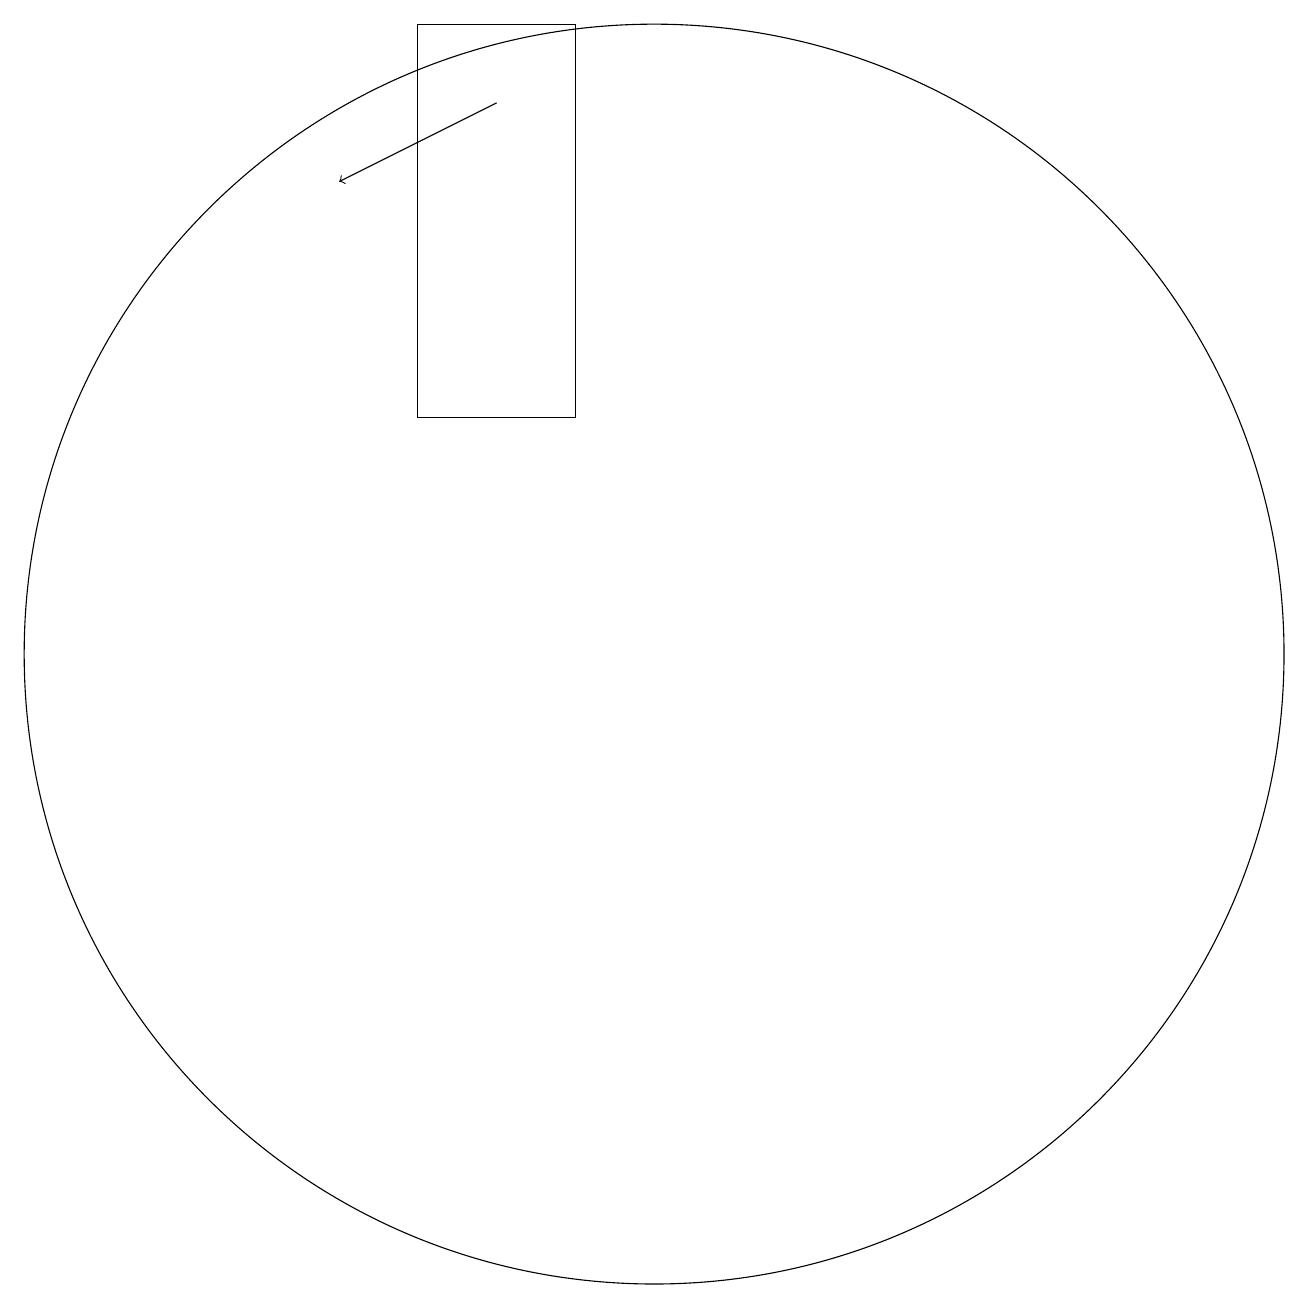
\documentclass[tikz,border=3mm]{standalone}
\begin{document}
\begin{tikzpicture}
\draw[->] (8,17) -- (6,16);
\draw (9,13) rectangle (7,18);
\draw (10,10) circle (8);
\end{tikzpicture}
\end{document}